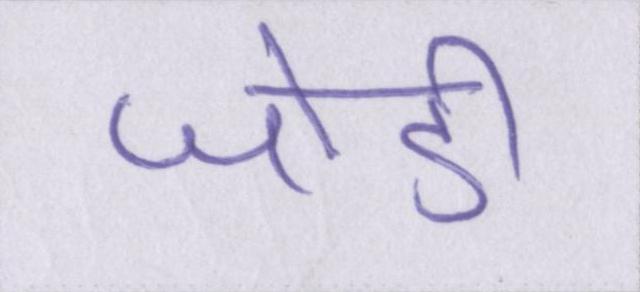
जोडी